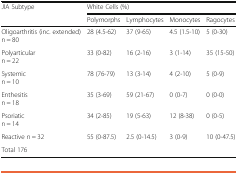
<table><thead><tr><td><b>JIA Subtype</b></td><td colspan="4"><b>White Cells (%)</b></td></tr><tr><td></td><td><b>Polymorphs</b></td><td><b>Lymphocytes</b></td><td><b>Monocytes</b></td><td><b>Ragocytes</b></td></tr></thead><tbody><tr><td>Oligoarthritis (inc. extended) n = 80</td><td>28 (4.5-62)</td><td>37 (9-65)</td><td>4.5 (1.5-10)</td><td>5 (0-30)</td></tr><tr><td>Polyarticularn = 22</td><td>33 (0-82)</td><td>16 (2-16)</td><td>3 (1-14)</td><td>35 (15-50)</td></tr><tr><td>Systemicn = 10</td><td>78 (76-79)</td><td>13 (3-14)</td><td>4 (2-10)</td><td>5 (0-9)</td></tr><tr><td>Enthesitisn = 18</td><td>35 (3-69)</td><td>59 (21-67)</td><td>0 (0-7)</td><td>0 (0-0)</td></tr><tr><td>Psoriaticn = 14</td><td>34 (2-85)</td><td>19 (5-63)</td><td>12 (8-38)</td><td>0 (0-5)</td></tr><tr><td>Reactive n = 32</td><td>55 (0-87.5)</td><td>2.5 (0-14.5)</td><td>3 (0-9)</td><td>10 (0-47.5)</td></tr><tr><td>Total 176</td><td></td><td></td><td></td><td></td></tr></tbody></table>